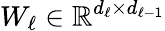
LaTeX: W_{\ell}\in\mathbb{R}^{d_{\ell}\times d_{\ell-1}}